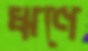
ঋণে